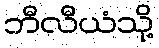
ဘီလီယံသို့